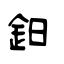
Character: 鈤